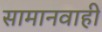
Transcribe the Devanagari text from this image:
सामानवाही